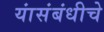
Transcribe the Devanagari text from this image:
यांसंबंधीचे